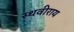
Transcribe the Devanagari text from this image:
स्थवीराय